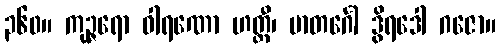
၃၆၀။ ကုဉ္ဇရော ဝါရဏော ဟတ္ထီ၊ မာတင်္ဂေါ ဒွိရဒေါ ဂဇော။